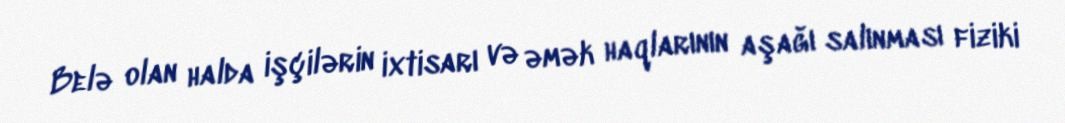
Belə olan halda işçilərin ixtisarı və əmək haqlarının aşağı salınması fiziki